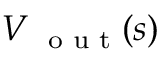
V _ { \mathrm { ~ \scriptsize ~ o ~ u ~ t ~ } } ( s )